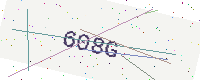
Text: 608G